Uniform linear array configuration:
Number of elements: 64
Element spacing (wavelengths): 1
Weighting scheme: hann
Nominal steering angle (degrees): -45
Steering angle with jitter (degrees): -45.309
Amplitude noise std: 0.05
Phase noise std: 0.05

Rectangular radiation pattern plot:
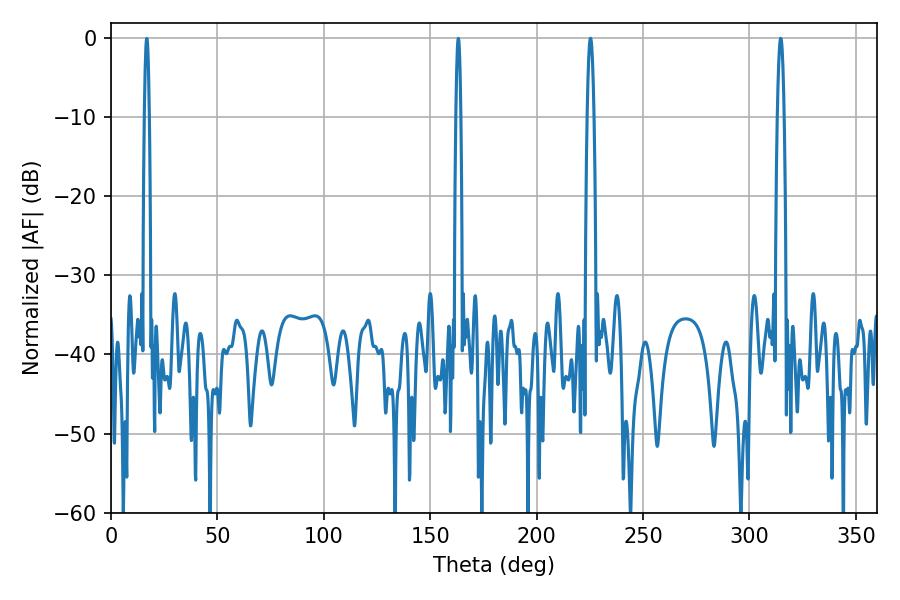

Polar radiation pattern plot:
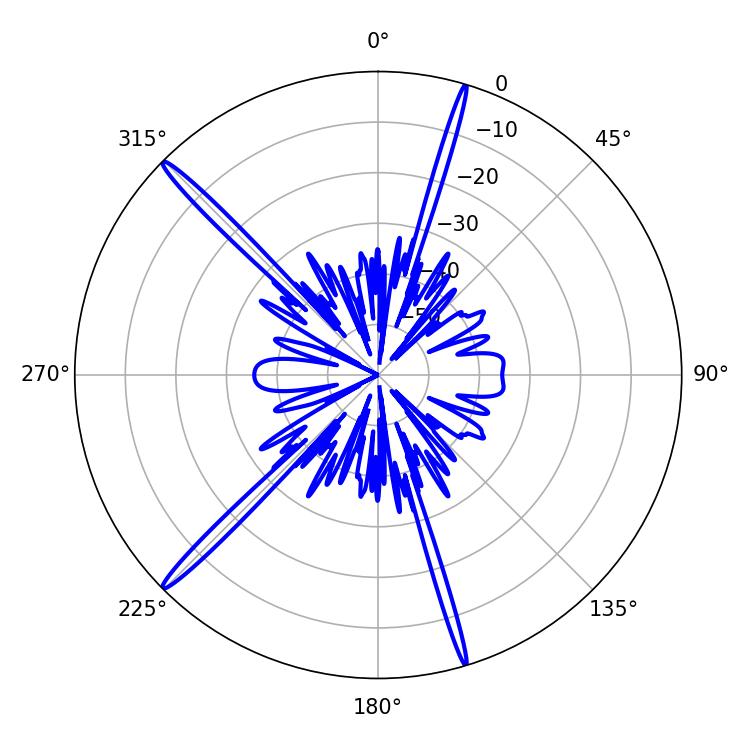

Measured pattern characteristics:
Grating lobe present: TRUE
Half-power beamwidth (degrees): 1.62
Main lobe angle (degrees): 225.36